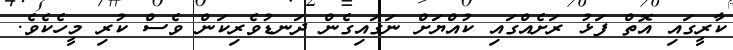
ކާރީގައި އޮތް ފަޅު ރަށެއްގައި ކުއްޔަށް ނަގައިގެން ދަނޑުވެރިކަން ވެސް ކުރި މީހެކެވެ.